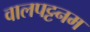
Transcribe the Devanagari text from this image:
वालपट्टनम